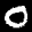
Label: 0